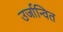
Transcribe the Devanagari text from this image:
उर्जान्वित